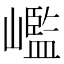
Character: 𡽳